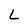
Character: L